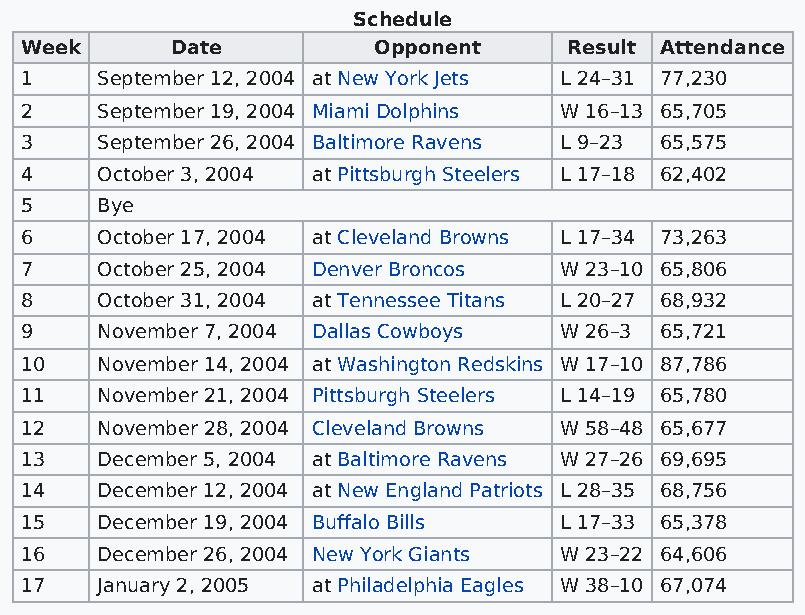
Schedule
 Week      Date          Opponent     Result Attendance
 1    September 12, 2004 at New York Jets L 24–31 77,230
 2    September 19, 2004 Miami Dolphins W 16–13 65,705
 3    September 26, 2004 Baltimore Ravens L 9–23 65,575
 4    October 3, 2004 at Pittsburgh Steelers L 17–18 62,402
 5    Bye
 6    October 17, 2004 at Cleveland Browns L 17–34 73,263
 7    October 25, 2004 Denver Broncos W 23–10 65,806
 8    October 31, 2004 at Tennessee Titans L 20–27 68,932
 9    November 7, 2004 Dallas Cowboys W 26–3 65,721
 10   November 14, 2004 at Washington Redskins W 17–10 87,786
 11   November 21, 2004 Pittsburgh Steelers L 14–19 65,780
 12   November 28, 2004 Cleveland Browns W 58–48 65,677
 13   December 5, 2004 at Baltimore Ravens W 27–26 69,695
 14   December 12, 2004 at New England Patriots L 28–35 68,756
 15   December 19, 2004 Buffalo Bills L 17–33 65,378
 16   December 26, 2004 New York Giants W 23–22 64,606
 17   January 2, 2005 at Philadelphia Eagles W 38–10 67,074